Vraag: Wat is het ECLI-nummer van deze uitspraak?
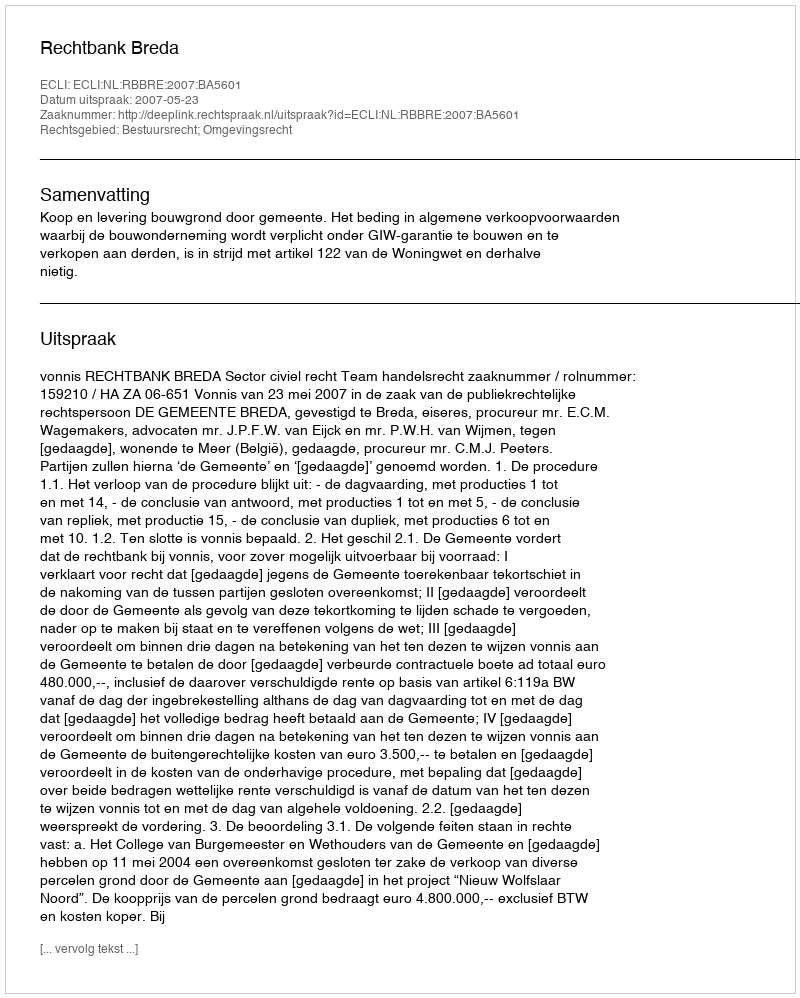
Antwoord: ECLI:NL:RBBRE:2007:BA5601